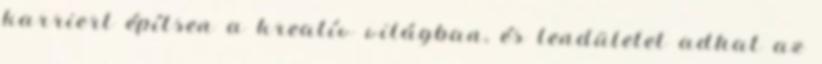
karriert építsen a kreatív világban, és lendületet adhat az